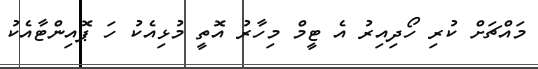
މައްޗަށް ކުރި ހޯދިއިރު އެ ޓީމް މިހާރު އޮތީ މުޅިއެކު ހަ ޕޮއިންޓާއެކު